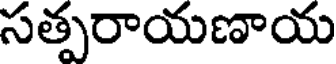
సత్పరాయణాయ